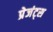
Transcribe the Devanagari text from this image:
प्रेजंट्स